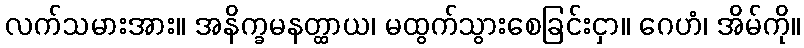
လက်သမားအား။ အနိက္ခမနတ္ထာယ၊ မထွက်သွားစေခြင်းငှာ။ ဂေဟံ၊ အိမ်ကို။